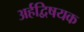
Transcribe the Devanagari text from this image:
अर्हद्विषयक